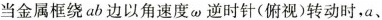
当金属框绕ab边以角速度ω逆时针(俯视)转动时，a、